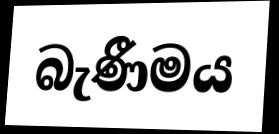
බැණීමය